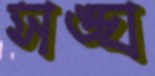
সঙ্ঘ